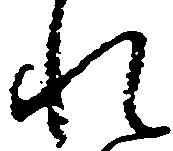
れ